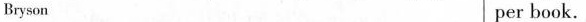
Bryson per book.